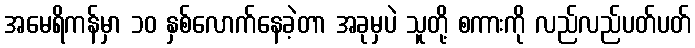
အမေရိကန်မှာ ၁၀ နှစ်လောက်နေခဲ့တာ အခုမှပဲ သူတို့ စကားကို လည်လည်ပတ်ပတ်